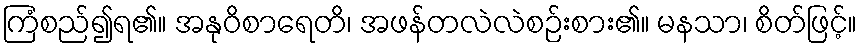
ကြံစည်၍ရ၏။ အနုဝိစာရေတိ၊ အဖန်တလဲလဲစဉ်းစား၏။ မနသာ၊ စိတ်ဖြင့်။